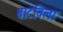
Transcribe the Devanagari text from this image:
बाटविला